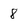
Character: 8